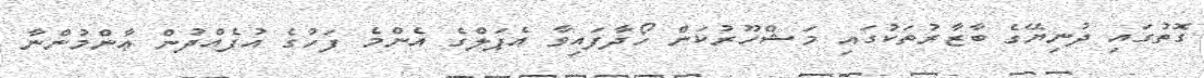
ގޮތުގައި ދުނިޔޭގެ ބާޒާރުތަކުގައި މަޝްހޫރުކަން ހޯދާފައިވާ އެޕަލްގެ އެންމެ ފަހުގެ އުފެއްދުން ޢާންމުންނާ